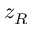
z _ { R }